Leaving Certificate Examination, 1910
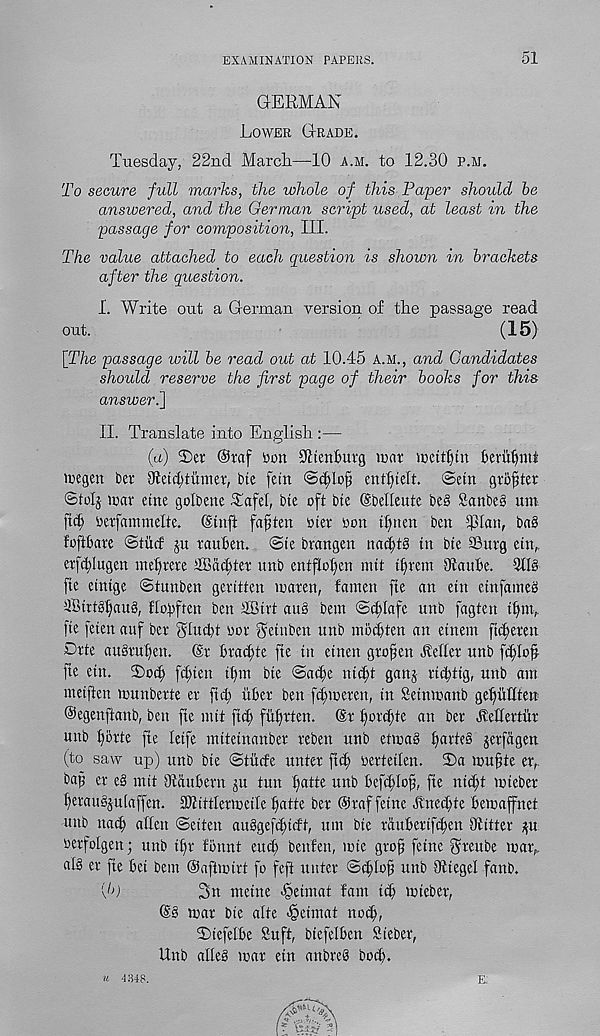
EXAMINATION PAPERS.
51
GERMAN
Lower Grade.
Tuesday, 22nd March—10 a.m. to 12.30 p.m.
To secure full marks, the whole of this Paper should be
answered, and the German script used, at least in the
passage for composition, III.
The value attached to each question is shown in brackets
after the question.
I. Write out a German version of the passage read
out.
(15)
[T/ie passage ivill be read out at 10.4:5 a.m., and Candidates
should reserve the first page of their books for this
answeri]
II. Translate into English :—
(a) 3)er @taf 'oon 9Len6utg mat mettfnn fceriifjnh
megen bet 81etd;tuniet, bte fein ©c^lofi entfneft. @etn gto^tet
©tolj mar etne golbene Tafel, bte oft bte (Sbelleute be§ 8anbe§ um
[id; oetfatnmehe. (Stnft fasten Diet ton tlinen ben ifhan, ba8
foftbate ©tiuf ju rauben. @te brangen n a efts tn bte SBurg etn,.
etftflugen nteftete SBacftet unb entflofen mit tftent Utanbe. 3tlS
fte etntge ©tunben geritten maten, fanten fte an etn etnfameS
ffitrtSfauS, flofften ben TBtrt auS bem ©cflafe unb fagten tfm,
[te feten auf bet ghteft oor ^etnben unb nibebten an etnem fufeten
Dtte auStufen. @t btacfte fte tn etnen gtofen Aellet unb feflop
fte etn. 2)od) fiftett tfm bte ©aife nteft ganj rtifttg, unb am
meiften munbette er ftef itbet ben fcfmeten, tn Setnmanb gefMten
©egenftanb, ben fte nut fid; fuftten. (St fotd;te an bet Aelfettitt
uttb forte fte letfe inttetnanbet teben unb etmaS farteS jetfagen
(to saw up) unb bte ©titde untet ftd> oertetlen. 2)a mufte et,.
bap et eS mit Dtaubern ju tun fatte unb befiflof, fte nteft mtebet
fetauSjulaffen. SOtittletmeile fatte bet ©taffetne lvned;te bemaffnet
unb naif alien ©eiten auSgefcftdt, um bte rdttbettfifen Otitter ^u
oetfolgen; unb tft fonnt eud; benfen, mte gtop fetne gteube map.
alS et fte bet bem Oaftmirt fo feft uuter ©iflofj unb iJttegel fanb.
\b)
ntetne ^etntat lam tef mtebet,
(SS mat bte alte <§eitnat noif,
SMefelbe Suft, btefelben Steber,
Unb alleS mat etn anbreS boif.
u 1348.
E